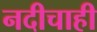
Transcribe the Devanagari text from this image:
नदीचाही